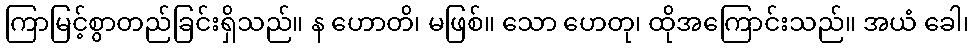
ကြာမြင့်စွာတည်ခြင်းရှိသည်။ န ဟောတိ၊ မဖြစ်။ သော ဟေတု၊ ထိုအကြောင်းသည်။ အယံ ခေါ၊